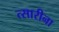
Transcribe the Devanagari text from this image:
त्सारीना